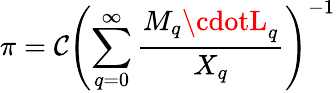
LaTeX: \pi=\mathcal{C}\left(\sum_{q=0}^{\infty}{\frac{{M_{q}\cdotL_{q}}}{{X_{q}}}}\right)^{-1}